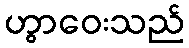
ဟွာဝေးသည်